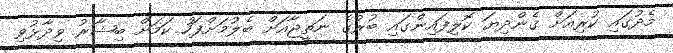
މެދުގައި ކުރިއަށް ގެންދިޔަ ކޮލިފައިންގައި ބުރުގެ ނަތީޖާއަށް ބެލުމަށްފަހު ކަމަށް ބިޝާރު ވިދާޅުވި